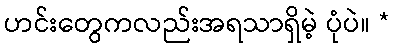
ဟင်းတွေကလည်းအရသာရှိမဲ့ ပုံပဲ။ *